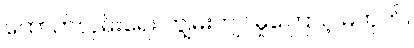
ထောက်လှမ်းရေး ကျွမ်းကျင်မှုကြောင့် မဟုတ်။